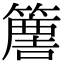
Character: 𥴿